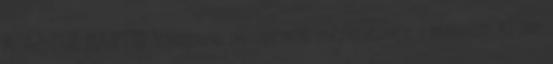
A ASTON MARTIN Vanquish abroncsok méreteihez válassza ki az